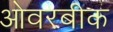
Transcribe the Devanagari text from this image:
ओवरबीक